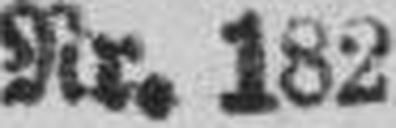
Nr. 182